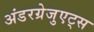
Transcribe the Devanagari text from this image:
अंडरग्रेजुएट्स